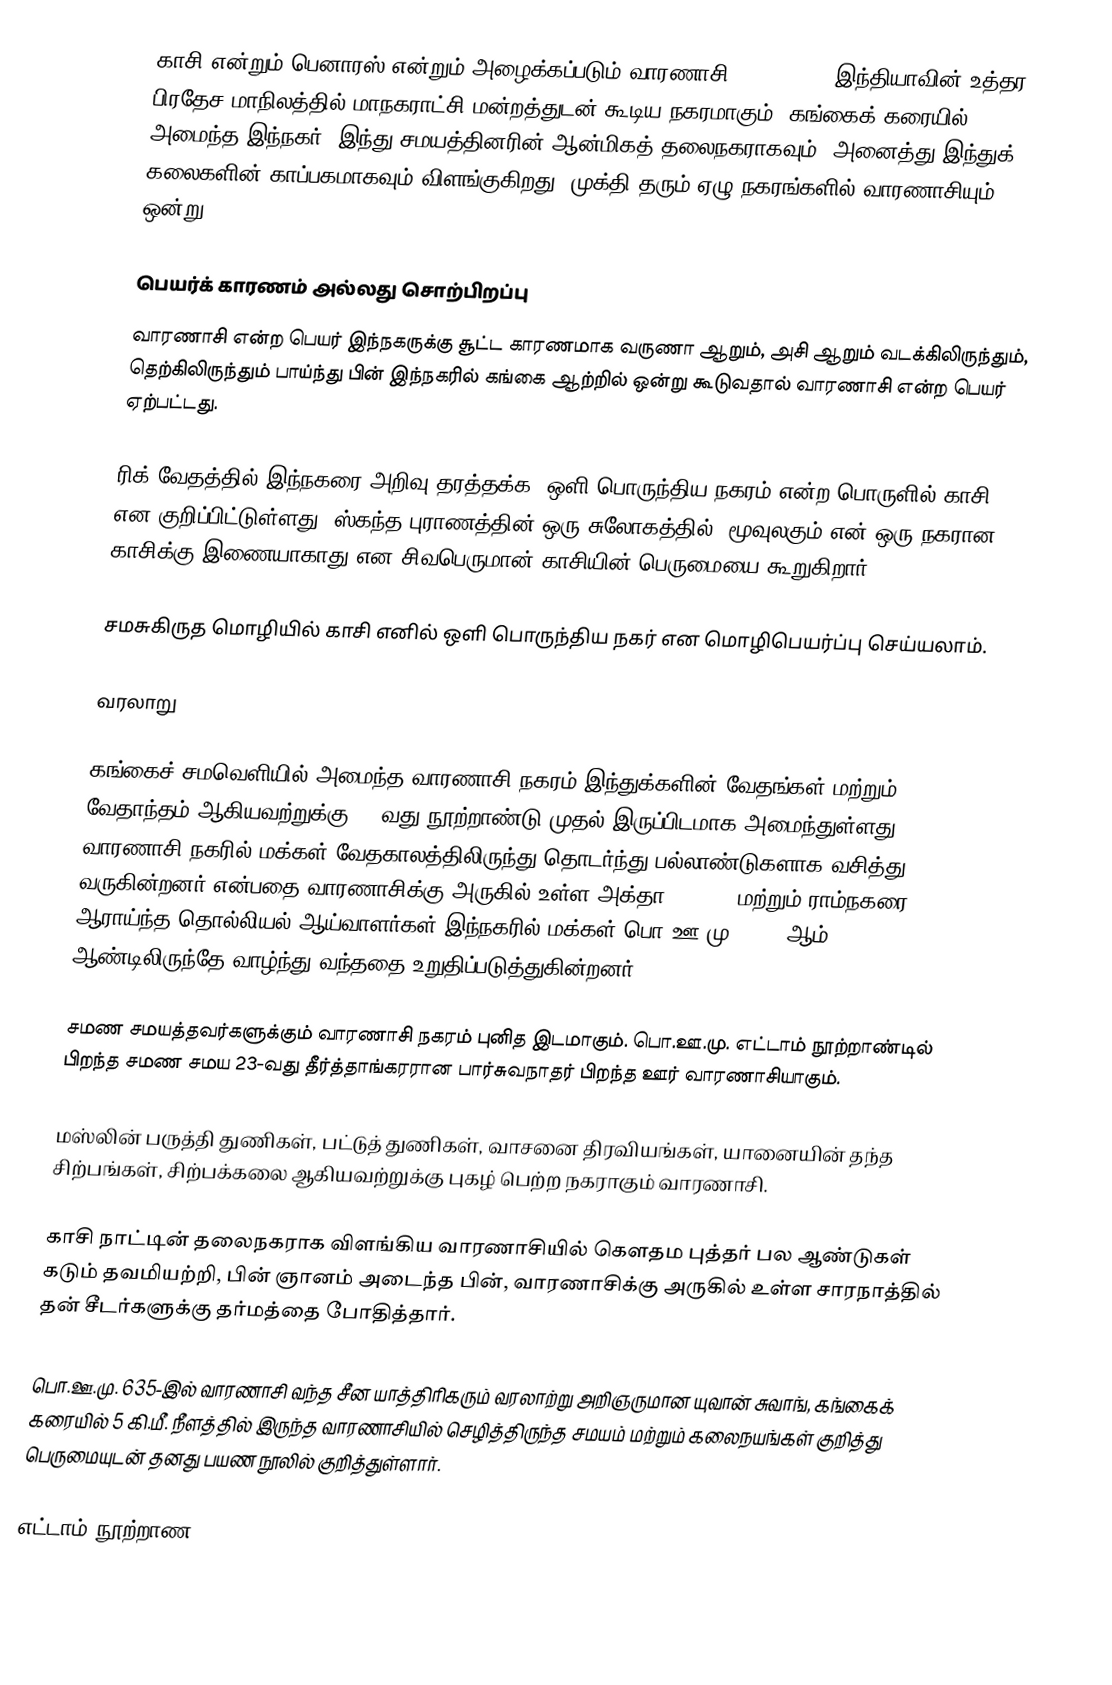
காசி என்றும் பெனாரஸ் என்றும் அழைக்கப்படும் வாரணாசி (Varanasi), இந்தியாவின் உத்தர பிரதேச மாநிலத்தில்  மாநகராட்சி மன்றத்துடன் கூடிய நகரமாகும். கங்கைக் கரையில் அமைந்த இந்நகர், இந்து சமயத்தினரின் ஆன்மிகத் தலைநகராகவும், அனைத்து இந்துக் கலைகளின் காப்பகமாகவும் விளங்குகிறது. முக்தி தரும் ஏழு நகரங்களில் வாரணாசியும் ஒன்று.

பெயர்க் காரணம் அல்லது சொற்பிறப்பு
வாரணாசி என்ற பெயர் இந்நகருக்கு சூட்ட காரணமாக வருணா ஆறும், அசி  ஆறும் வடக்கிலிருந்தும், தெற்கிலிருந்தும் பாய்ந்து பின்  இந்நகரில் கங்கை ஆற்றில் ஒன்று கூடுவதால் வாரணாசி என்ற பெயர் ஏற்பட்டது.

ரிக் வேதத்தில் இந்நகரை அறிவு தரத்தக்க, ஒளி பொருந்திய நகரம் என்ற பொருளில் காசி என குறிப்பிட்டுள்ளது. ஸ்கந்த புராணத்தின் ஒரு சுலோகத்தில், மூவுலகும் என் ஒரு நகரான காசிக்கு இணையாகாது என சிவபெருமான் காசியின் பெருமையை கூறுகிறார்.

சமசுகிருத மொழியில் காசி எனில் ஒளி பொருந்திய நகர் என மொழிபெயர்ப்பு செய்யலாம்.

வரலாறு

கங்கைச் சமவெளியில் அமைந்த வாரணாசி நகரம் இந்துக்களின் வேதங்கள் மற்றும் வேதாந்தம் ஆகியவற்றுக்கு 11-வது நூற்றாண்டு முதல் இருப்பிடமாக அமைந்துள்ளது. வாரணாசி நகரில் மக்கள் வேதகாலத்திலிருந்து தொடர்ந்து பல்லாண்டுகளாக வசித்து வருகின்றனர் என்பதை வாரணாசிக்கு அருகில் உள்ள அக்தா (Aktha) மற்றும் ராம்நகரை ஆராய்ந்த தொல்லியல் ஆய்வாளர்கள் இந்நகரில் மக்கள் பொ.ஊ.மு. 1800-ஆம் ஆண்டிலிருந்தே வாழ்ந்து வந்ததை உறுதிப்படுத்துகின்றனர்.

சமண சமயத்தவர்களுக்கும் வாரணாசி நகரம் புனித இடமாகும். பொ.ஊ.மு. எட்டாம் நூற்றாண்டில் பிறந்த சமண சமய 23-வது தீர்த்தாங்கரரான பார்சுவநாதர் பிறந்த ஊர் வாரணாசியாகும்.

மஸ்லின் பருத்தி துணிகள், பட்டுத் துணிகள், வாசனை திரவியங்கள், யானையின் தந்த சிற்பங்கள், சிற்பக்கலை ஆகியவற்றுக்கு புகழ் பெற்ற நகராகும் வாரணாசி.

காசி நாட்டின் தலைநகராக விளங்கிய வாரணாசியில் கௌதம புத்தர் பல ஆண்டுகள் கடும் தவமியற்றி, பின் ஞானம் அடைந்த பின், வாரணாசிக்கு அருகில் உள்ள சாரநாத்தில் தன் சீடர்களுக்கு தர்மத்தை போதித்தார்.

பொ.ஊ.மு. 635-இல் வாரணாசி வந்த சீன யாத்திரிகரும் வரலாற்று அறிஞருமான யுவான் சுவாங், கங்கைக் கரையில் 5 கி.மீ. நீளத்தில் இருந்த வாரணாசியில் செழித்திருந்த சமயம் மற்றும் கலைநயங்கள் குறித்து பெருமையுடன் தனது பயண நூலில் குறித்துள்ளார்.

எட்டாம் நூற்றாண